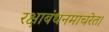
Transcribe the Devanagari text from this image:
रक्षाबंधनमाचरेत।